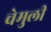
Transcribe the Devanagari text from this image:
चेमुली